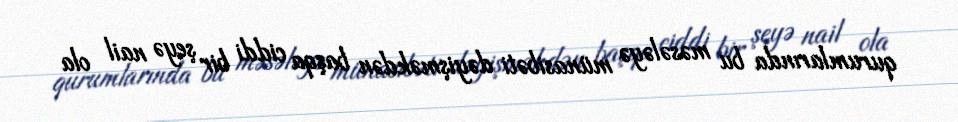
qurumlarında bu məsələyə münasibəti dəyişməkdən başqa ciddi bir şeyə nail ola